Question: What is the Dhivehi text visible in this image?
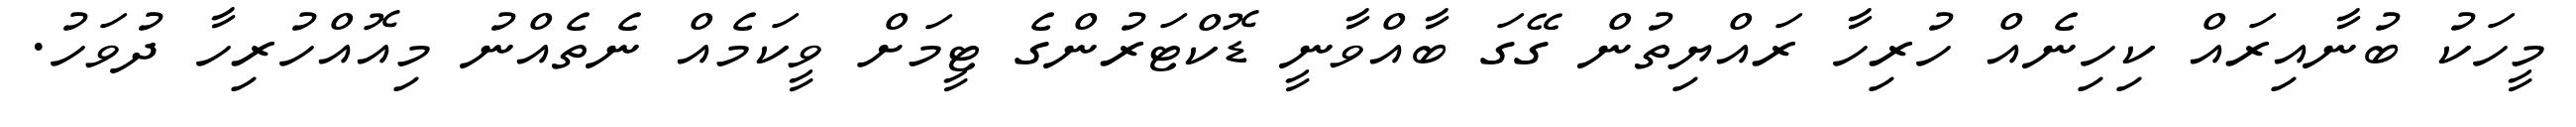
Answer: މީހަކު ބުނާއިރައް ކިހިނެއް ހުރިހާ ރައްޔިތުން ގޭގަ ބާއްވާނީ ޑޮކްޓަރުންގެ ޓީމަށް ވީކަމެއް ނެތެއްނު މިއޮއްހުރިހާ ދުވަހު.